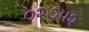
૦૨૭૫૨